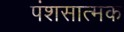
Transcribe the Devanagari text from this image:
पंशसात्मक